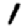
Digit: 1